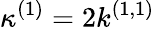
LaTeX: \kappa^{(1)}=2k^{(1,1)}